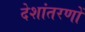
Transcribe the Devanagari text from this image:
देशांतरणों